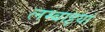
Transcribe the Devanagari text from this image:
लम्बाइयां